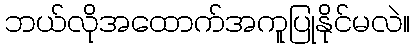
ဘယ်လိုအထောက်အကူပြုနိုင်မလဲ။